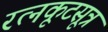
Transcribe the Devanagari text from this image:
रत्नकूटसूत्र